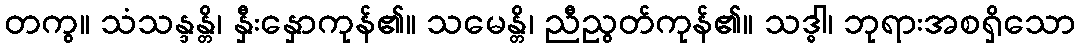
တကွ။ သံသန္ဒန္တိ၊ နှီးနှောကုန်၏။ သမေန္တိ၊ ညီညွတ်ကုန်၏။ သဒ္ဓါ၊ ဘုရားအစရှိသော